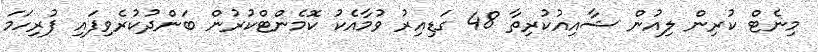
މިނެޓް ކުރިން ލިއުން ޝާއިއުކުރިތާ 48 ގަޑިއިރު ވުމާއެކު ކޮމެންޓްކުރުން ބަންދުކުރެވިފައި ފުރިހަމަ